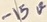
Text: -15V